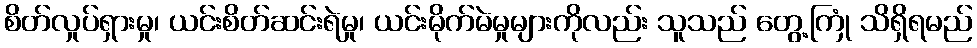
စိတ်လှုပ်ရှားမှု၊ ယင်းစိတ်ဆင်းရဲမှု၊ ယင်းမိုက်မဲမှုများကိုလည်း သူသည် တွေ့ကြုံ သိရှိရမည်